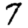
Digit: 7